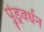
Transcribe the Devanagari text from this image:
पुंड्रवर्धन